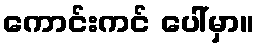
ကောင်းကင် ပေါ်မှာ။